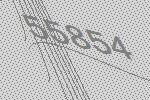
55854